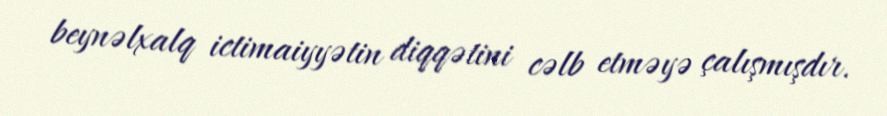
beynəlxalq ictimaiyyətin diqqətini cəlb etməyə çalışmışdır.